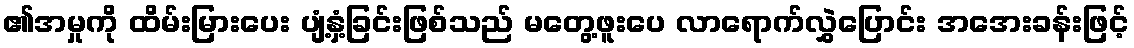
၏အမှုကို ထိမ်းမြားပေး ပျံ့နှံ့ခြင်းဖြစ်သည် မတွေ့ဖူးပေ လာရောက်လွှဲပြောင်း အအေးခန်းဖြင့်